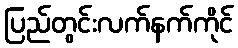
ပြည်တွင်းလက်နက်ကိုင်